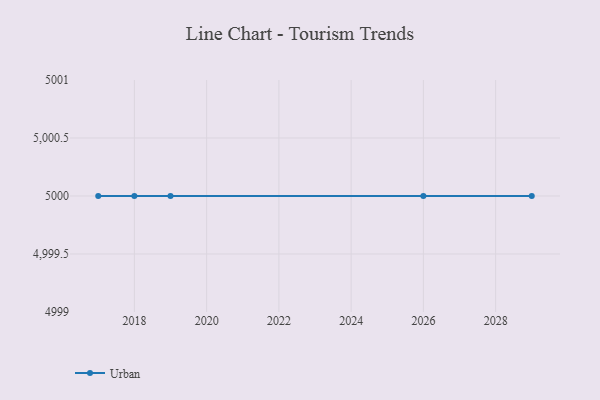
{"axis": {"x": "Year", "y": "Humidity (%)"}, "legend": ["Urban"], "data": [{"x": "2018", "y": 5000, "type": "Urban"}, {"x": "2017", "y": 5000, "type": "Urban"}, {"x": "2026", "y": 5000, "type": "Urban"}, {"x": "2019", "y": 5000, "type": "Urban"}, {"x": "2029", "y": 5000, "type": "Urban"}]}